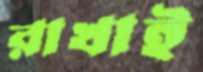
রাখাই